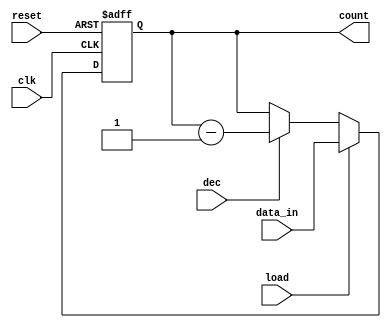
module counter
#(parameter N = 8)
(
    input wire clk, reset, load, dec,
    input wire [N-1:0] data_in,
    output wire [N-1:0] count
);

//signals
reg [N-1:0] r_contents;
wire [N-1:0] r_next;

//state reg
always @(posedge clk or posedge reset)
    begin
        if(reset) r_contents <= 0;
        else r_contents <= r_next;
    end

//next state logic
assign r_next = (load==1'b1) ? data_in :
                (dec==1'b1) ? r_contents - 1 :
                r_contents;

//output logic
assign count = r_contents;

endmodule